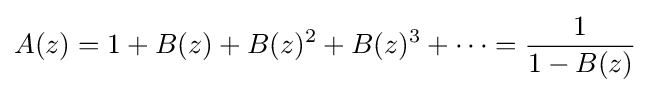
A(z)=1+B(z)+B(z)^{2}+B(z)^{3}+\cdots ={\frac {1}{1-B(z)}}